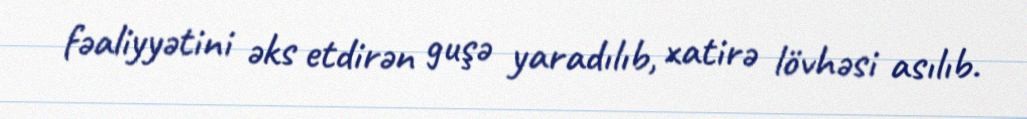
fəaliyyətini əks etdirən guşə yaradılıb, xatirə lövhəsi asılıb.